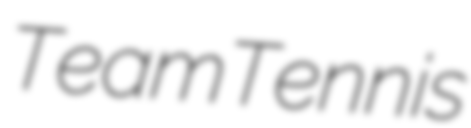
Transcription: TeamTennis